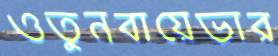
ওতুনবায়েভার